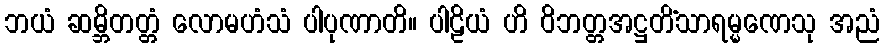
ဘယံ ဆမ္ဘိတတ္တံ လောမဟံသံ ပါပုဏာတိ။ ပါဠိယံ ဟိ ဝိဘတ္တအဋ္ဌတိံသာရမ္မဏေသု အညံ